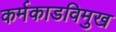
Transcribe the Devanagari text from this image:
कर्मकाडविमुख